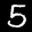
Label: 5